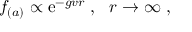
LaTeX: f _ { ( a ) } \propto \mathrm { e } ^ { - g v r } \; , \ \ r \to \infty \; ,